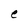
Character: e